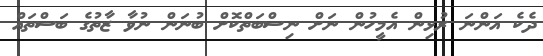
ދެކެ އަންނަ ރުޅިން އެމީހުން ނަށް ނިސްބަތްކޮށް ބުނަން ނުވާ ޒާތުގެ ބަސްތައް